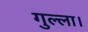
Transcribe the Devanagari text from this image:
गुल्ला।